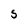
Character: S